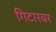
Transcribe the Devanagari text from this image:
गिटारवर